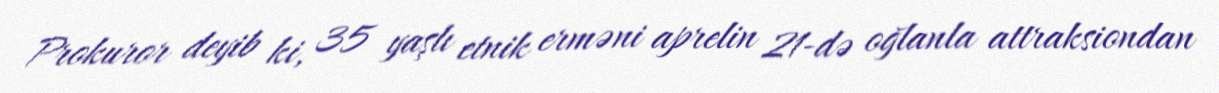
Prokuror deyib ki, 35 yaşlı etnik erməni aprelin 21-də oğlanla attraksiondan